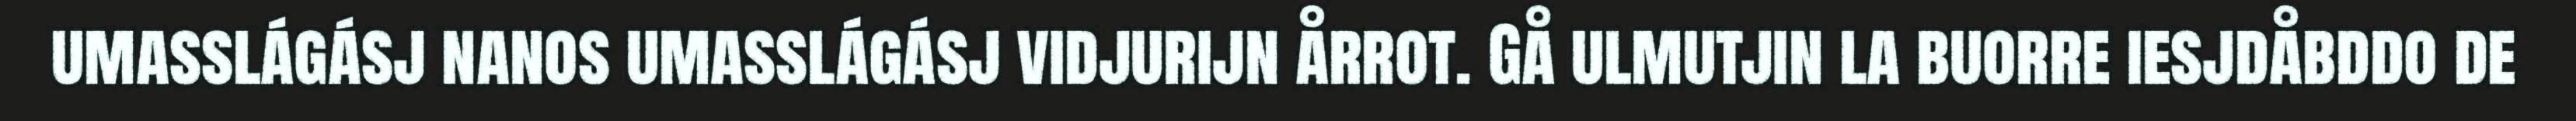
umasslágásj nanos umasslágásj vidjurijn årrot. Gå ulmutjin la buorre iesjdåbddo de